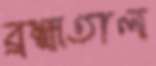
ব্রহ্মতাল